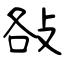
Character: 𢼛